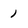
Character: 1